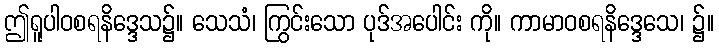
ဤရူပါဝစရနိဒ္ဒေသ၌။ သေသံ၊ ကြွင်းသော ပုဒ်အပေါင်း ကို။ ကာမာဝစရနိဒ္ဒေသေ၊ ၌။